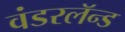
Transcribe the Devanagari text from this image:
वंडरलॅन्ड